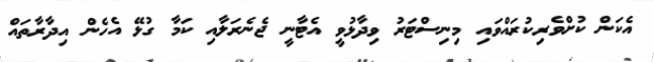
އެކަން ކުށްވެރިކުރައްވައި މިނިސްޓަރު ވިދާޅުވީ އެޓާނީ ޖެނެރަލާއި ކަމާ ގުޅޭ އެހެން އިދާރާތައް